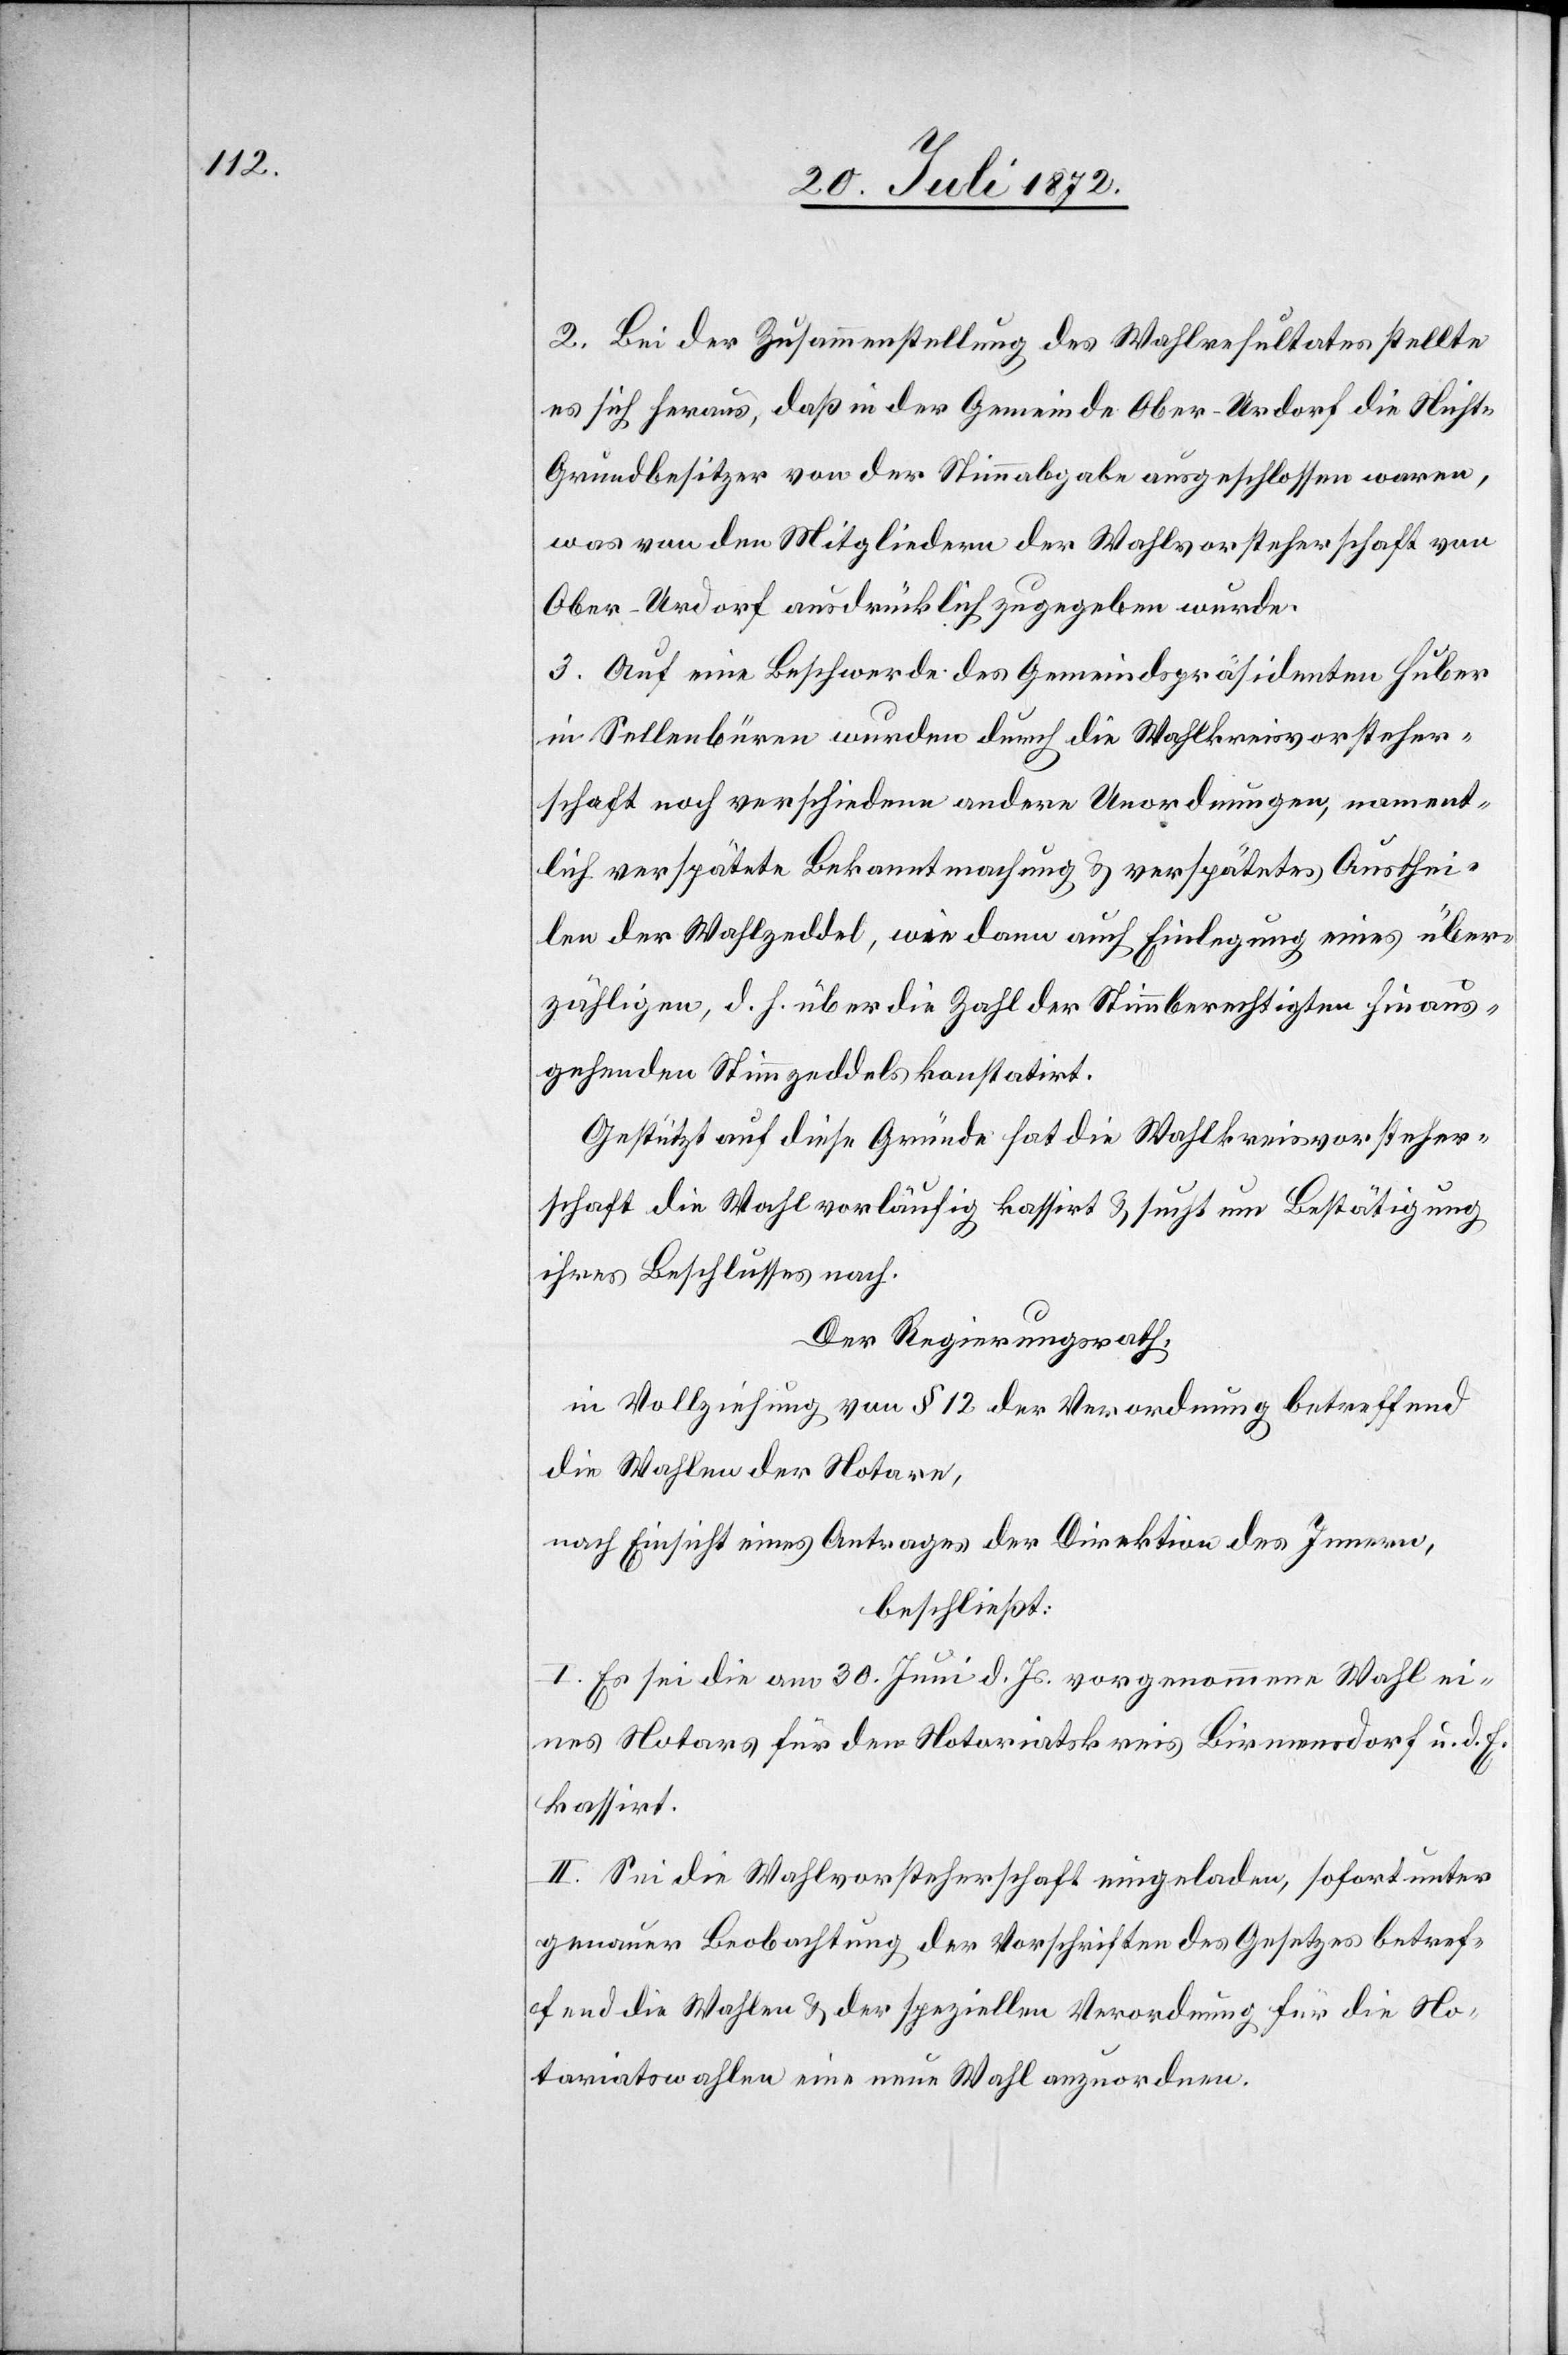
2. Bei der Zusammenstellung des Wahlresultates stellte
es sich heraus, daß in der Gemeinde Ober-Urdorf die Nicht-G¬
rundbesitzer von der Stimmabgabe ausgeschlossen waren,
was von den Mitgliedern der Wahlvorsteherschaft von
Ober-Urdorf ausdrücklich zugegeben wurde.
3. Auf eine Beschwerde des Gemeindspräsidenten Huber
in Sellenbüren wurden durch die Wahlkreisvorsteher¬
schaft noch verschiedene andere Unordnungen, nament¬
lich verspätete Bekanntmachung u. verspätetes Austhei¬
len der Wahlzeddel, wie dann auch Einlegung eines über¬
zähligen, d. h. über die Zahl der Stimmberechtigten hinaus¬
gehenden Stimmzeddels konstatirt.
Gestützt auf diese Gründe hat die Wahlkreisvorsteher¬
schaft die Wahl vorläufig kassirt u. sucht um Bestätigung
ihres Beschlusses nach.
Der Regierungsrath:
in Vollziehung von § 12 der Verordnung betreffend
die Wahlen der Notare,
nach Einsicht eines Antrages der Direktion des Innern,
beschließt:
I. Es sei die am 30. Juni d. Js. vorgenommene Wahl ei¬
nes Notars für den Notariatskreis Birmensdorf u. d. E.
kassirt.
II. Sei die Wahlvorsteherschaft eingeladen, sofort unter
genauer Beobachtung der Vorschriften des Gesetzes betref¬
fend die Wahlen u. der speziellen Verordnung für die No¬
tariatswahlen eine neue Wahl anzuordnen.